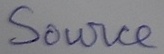
Text: Source